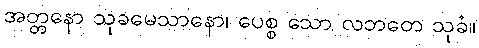
အတ္တနော သုခမေသာနော၊ ပေစ္စ သော လဘတေ သုခံ။